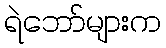
ရဲဘော်များက